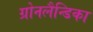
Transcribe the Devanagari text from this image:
ग्रोनलैन्डिका